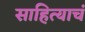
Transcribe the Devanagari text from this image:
साहित्याचं